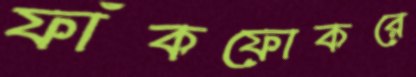
ফাঁকফোকরে